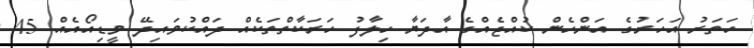
ހަތަރު އަހަރުގެ އަންހެން ކުއްޖެއްގެ އާދަޔާ ހިލާފު ހަރަކާތްތަކެއް ދައްކުވައިދޭ ވީޑިއޯއެއް 45